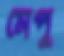
মেপু